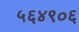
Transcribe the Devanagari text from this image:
५६४९०६